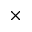
\times